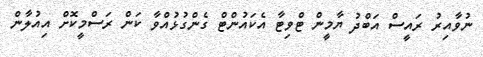
ނުވާއިރު ރައީސް އަބްދު ޔާމީން ޓްވިޓާ އެކައުންޓް ގެންގުޅުއްވާ ކަން ރަސްމީކޮށް އިއުލާން